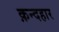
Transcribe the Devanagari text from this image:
क़न्दहार